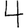
Digit: 4